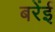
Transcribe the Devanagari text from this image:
बरेंई